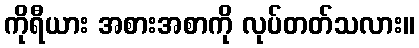
ကိုရီယား အစားအစာကို လုပ်တတ်သလား။